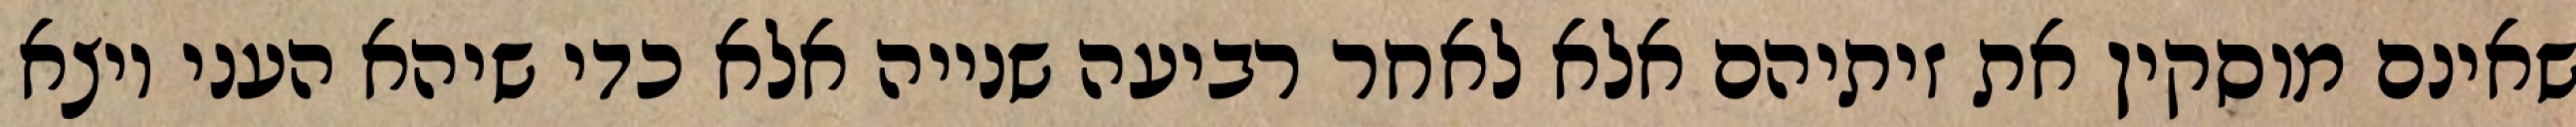
שאינם מוסקין את זיתיהם אלא לאחר רביעה שנייה אלא כדי שיהא העני יוצא